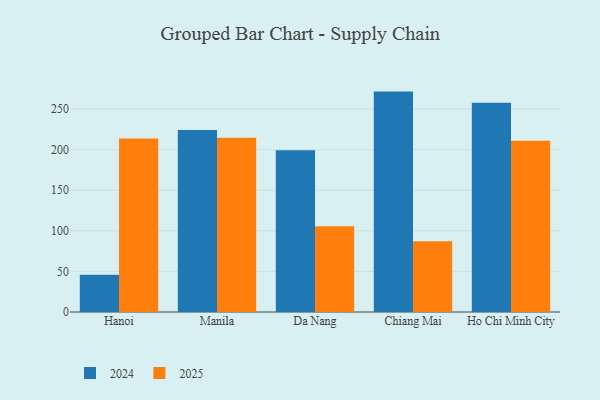
{"axis": {"x": "City", "y": "Headcount"}, "legend": ["2024", "2025"], "data": [{"x": "Hanoi", "y": 213.6, "type": "2025"}, {"x": "Hanoi", "y": 45.9, "type": "2024"}, {"x": "Manila", "y": 214.6, "type": "2025"}, {"x": "Manila", "y": 224.3, "type": "2024"}, {"x": "Da Nang", "y": 105.7, "type": "2025"}, {"x": "Da Nang", "y": 199.2, "type": "2024"}, {"x": "Chiang Mai", "y": 87.3, "type": "2025"}, {"x": "Chiang Mai", "y": 271.5, "type": "2024"}, {"x": "Ho Chi Minh City", "y": 211.1, "type": "2025"}, {"x": "Ho Chi Minh City", "y": 257.8, "type": "2024"}]}